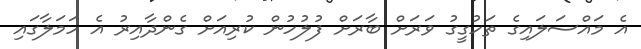
އެ މައްސަލައިގެ ތަހުގީގު ވަރަށް ބާރަށް ފުލުހުން ކުރިއަށް ގެންދާއިރު އެ ހަމަލާގައި